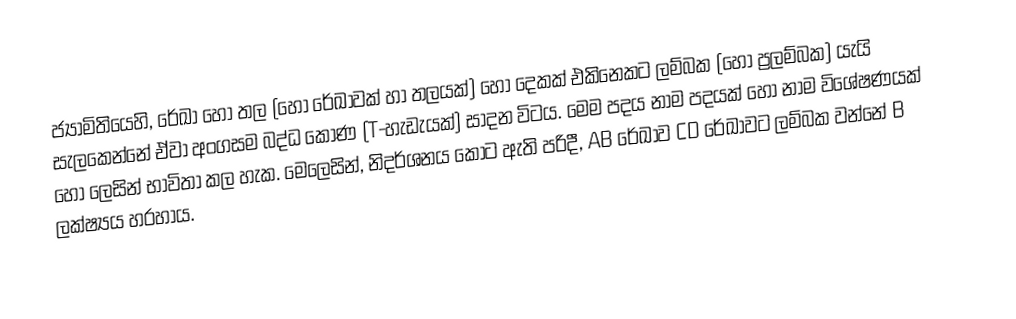
ජ්‍යාමිතියෙහි, රේඛා හෝ  තල (හෝ රේඛාවක් හා තලයක්) හෝ දෙකක් එකිනෙකට ලම්බක (හෝ ප්‍රලම්බක) යැයි සැලකෙන්නේ ඒවා අංගසම බද්ධ කෝණ (T-හැඩැයක්) සාදන විටය.  මෙම පදය නාම පදයක් හෝ නාම විශේෂණයක් හෝ ලෙසින් භාවිතා කල හැක. මෙලෙසින්, නිදර්ශනය කොට ඇති පරිදී,  AB රේඛාව CD රේඛාවට ලම්බක වන්නේ  B ලක්ෂ්‍යය හරහාය.